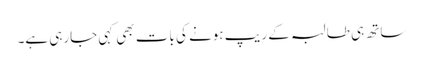
ساتھ ہی طالبہ کے ریپ ہونے کی بات بھی کہی جارہی ہے۔